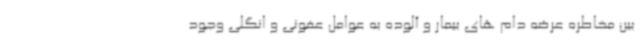
بین مخاطره عرضه دام های بیمار و آلوده به عوامل عفونی و انگلی وجود